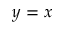
y = x